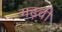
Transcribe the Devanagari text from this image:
गढ़वी